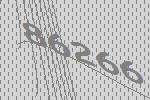
86266